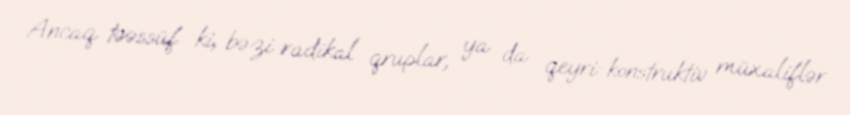
Ancaq təəssüf ki, bəzi radikal qruplar, ya da qeyri-konstruktiv müxaliflər